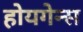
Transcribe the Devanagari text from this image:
होयगेन्स